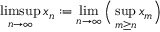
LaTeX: \operatorname* { l i m s u p } _ { n \to \infty } x _ { n } : = \operatorname* { l i m } _ { n \to \infty } { \Big ( } \operatorname* { s u p } _ { m \geq n } x _ { m } { \Big ) }